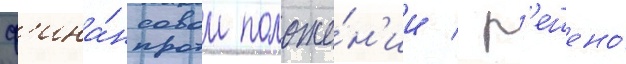
ф'ина́нсовом положе́н'ии / р'ешено́